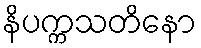
နိပက္ကသတိနော